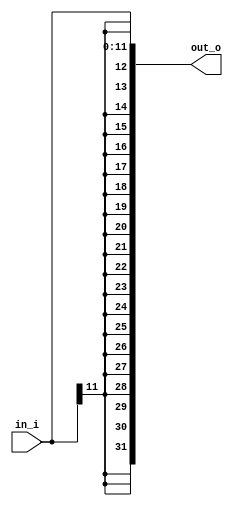
////////////////////////////////////////////////////////////////////////////////                                          
// SPDX-FileCopyrightText: 2022, Jure Vreca                                   //                                          
//                                                                            //                                          
// Licenseunder the Apache License, Version 2.0(the "License");               //                                          
// you maynot use this file except in compliance with the License.            //                                           
// You may obtain a copy of the License at                                    //                                          
//                                                                            //                                          
//      http://www.apache.org/licenses/LICENSE-2.0                            //                                          
//                                                                            //                                          
// Unless required by applicable law or agreed to in writing, software        //                                          
// distributed under the License is distributed on an "AS IS" BASIS,          //                                          
// WITHOUT WARRANTIES OR CONDITIONS OF ANY KIND, either express or implied.   //                                          
// See the License for the specific language governing permissions and        //                                          
// limitations under the License.                                             //                                          
// SPDX-License-Identifier: Apache-2.0                                        //                                          
// SPDX-FileContributor: Jure Vreca <jurevreca12@gmail.com>                   //                                          
////////////////////////////////////////////////////////////////////////////////      
////////////////////////////////////////////////////////////////////////////////
//                                                                            //
//                                                                            //
//                                                                            //
// Design Name:    sign_extender                                              //
// Project Name:   riscv-jedro-1                                              //
// Language:       Verilog                                                    //
//                                                                            //
// Description:    Sign extension circuit for 2s complement numbers.          //
//                                                                            //
////////////////////////////////////////////////////////////////////////////////

module sign_extender #(parameter N=32, parameter M = 12) (
	input  [M-1:0] in_i,
	output [N-1:0] out_o
);

	assign out_o = { {(N-M){in_i[M-1]}}, in_i[M-1:0]};

endmodule